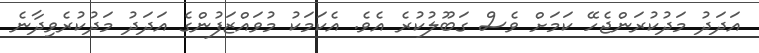
އަދަދު މަދުކުރަންޖެހޭ ކަމަށް ވެސް ގަބޫލުކުރެ އެވެ. އެކަމަކު މުވައްޒަފުންގެ އަދަދު މަދުކުރެވިދާނެ